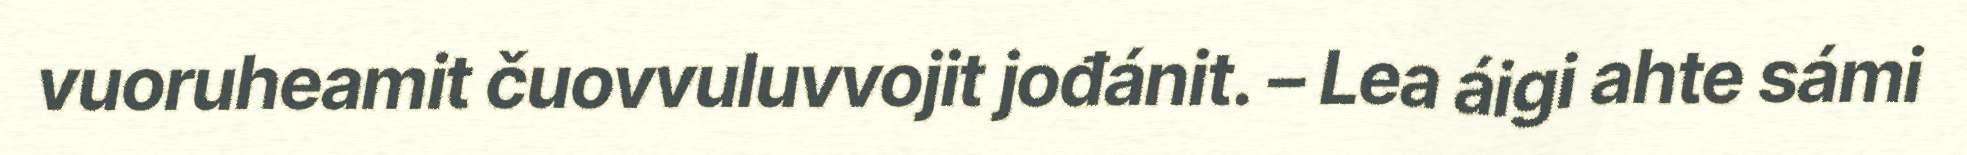
vuoruheamit čuovvuluvvojit jođánit. – Lea áigi ahte sámi